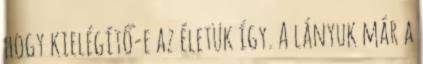
hogy kielégítő-e az életük így. A lányuk már a